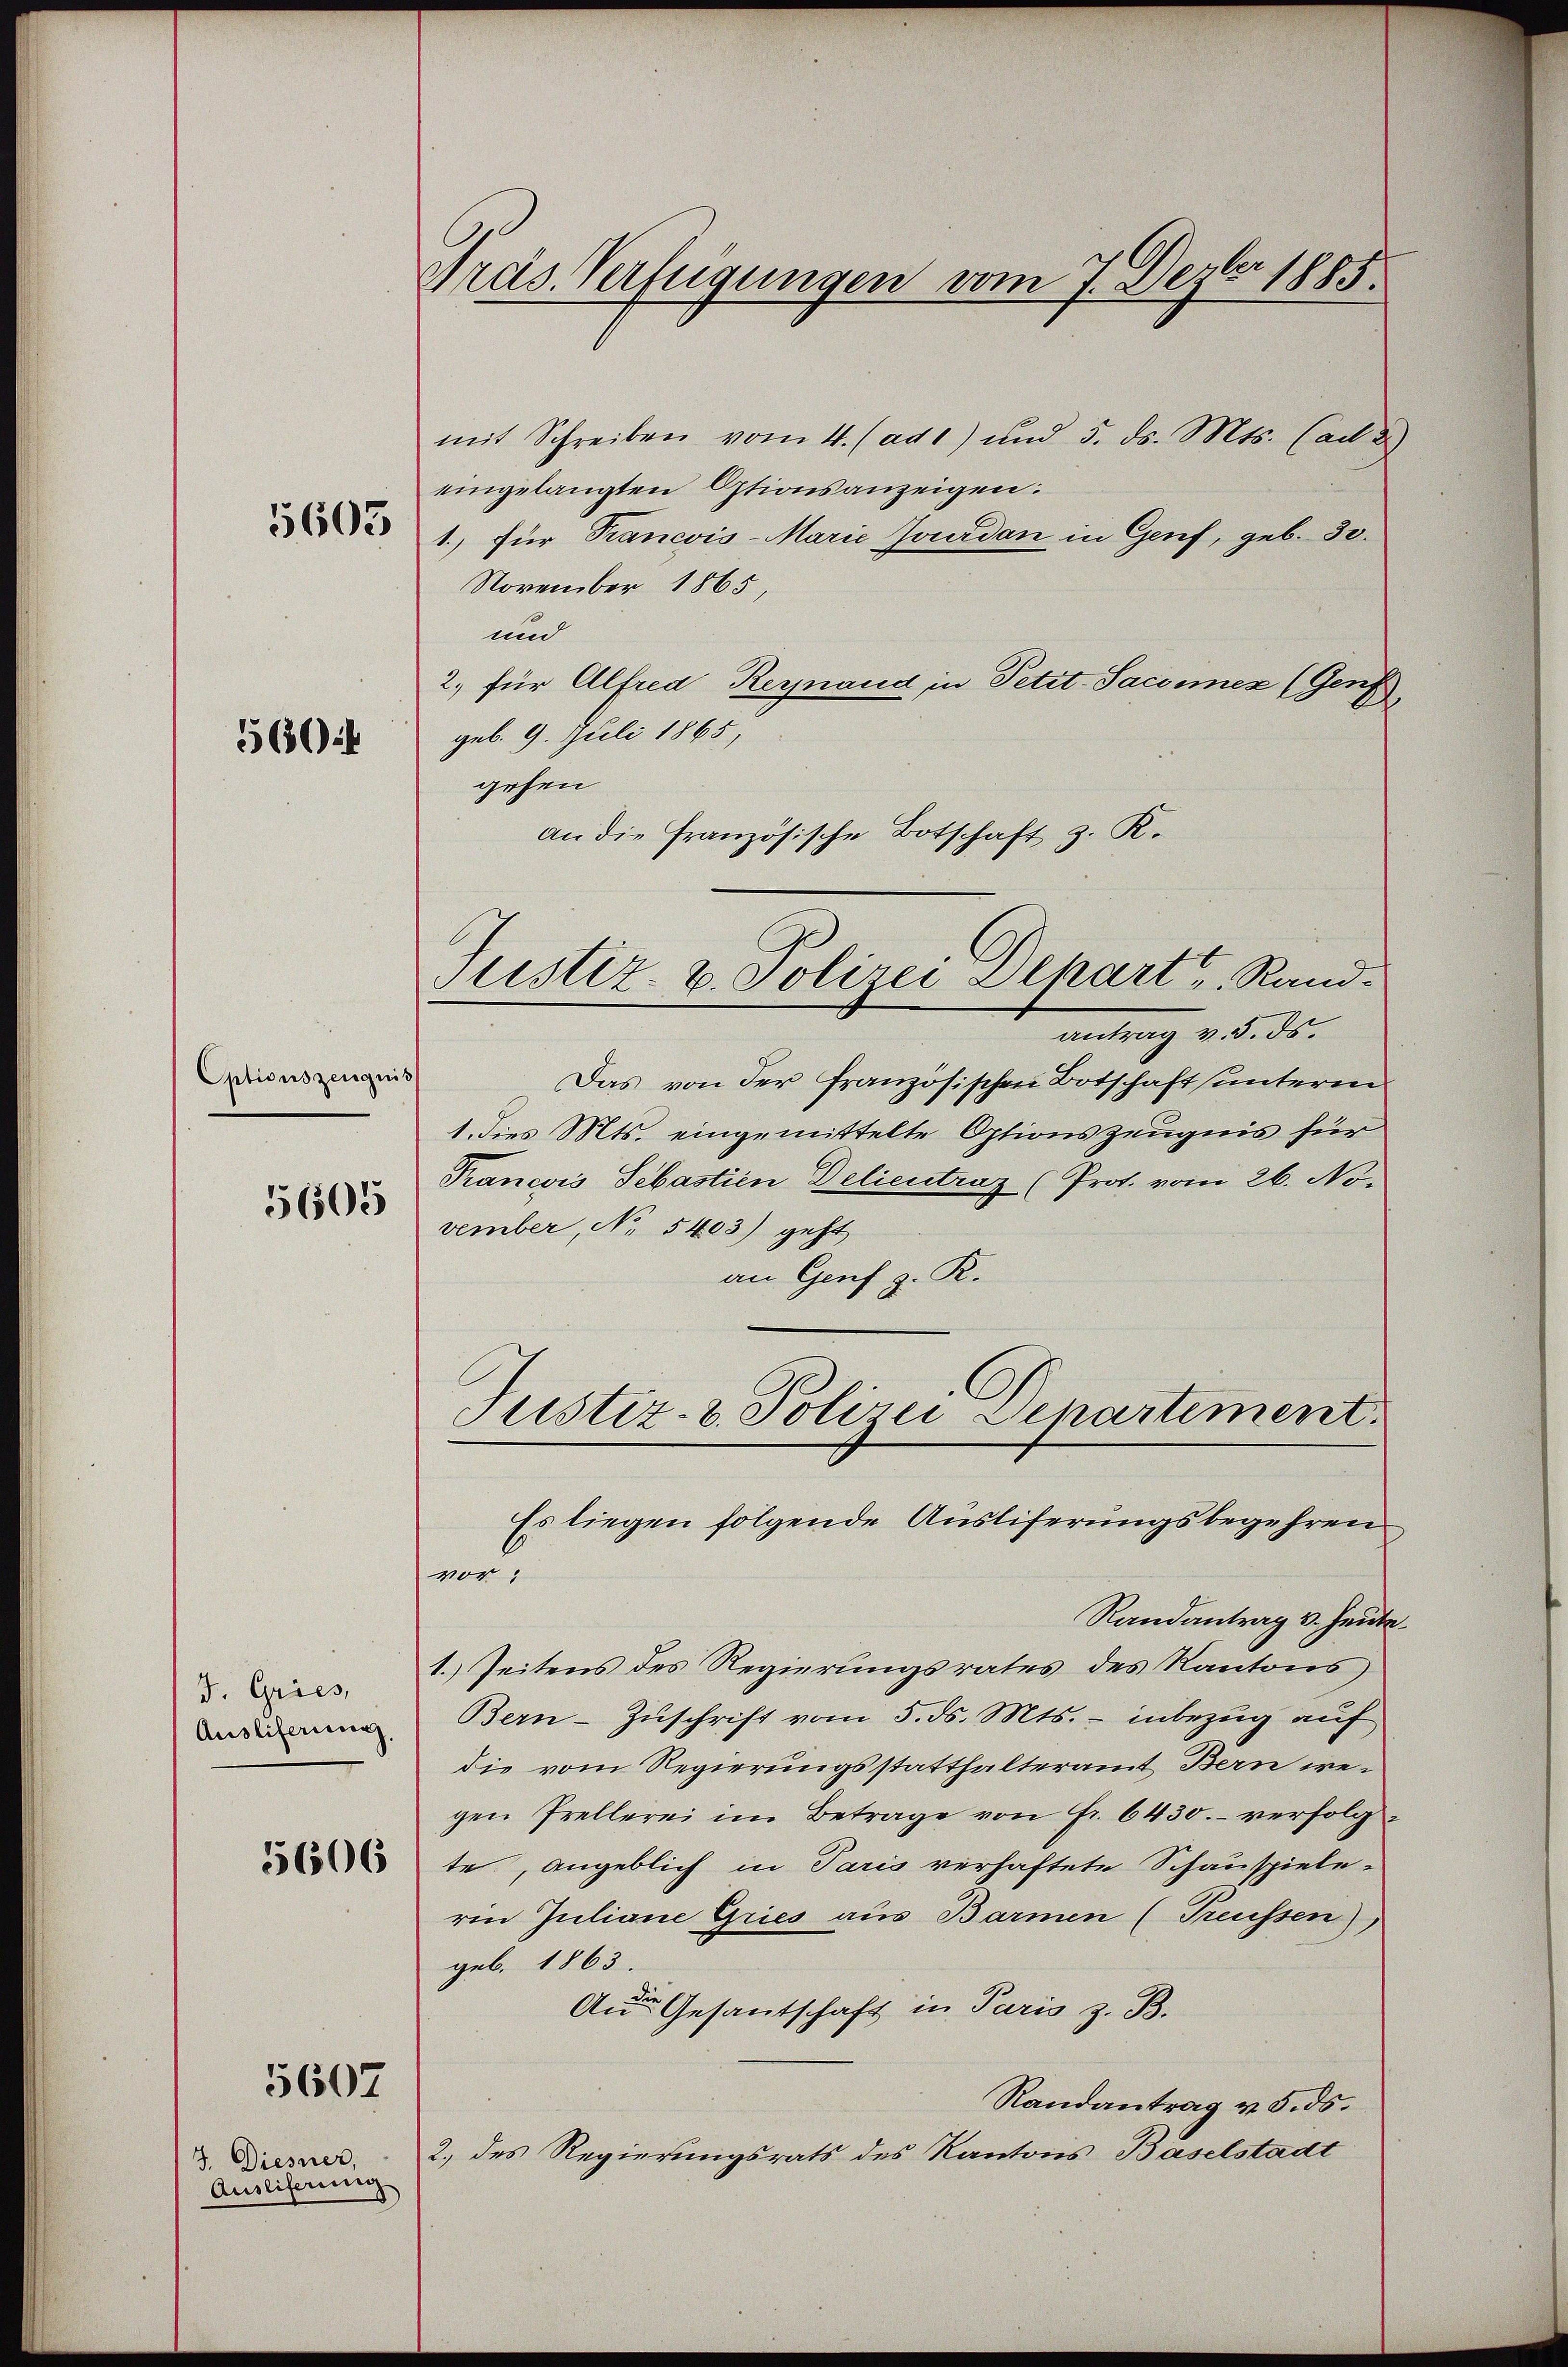
5603

560.

Optionszeugnis

5605

J. Gries,
Ausliferung.

5606

5607

J. Diesner,
Auslieferung

Nras Verfügungen vom 7. Dezbr 1885.

mit Schreiben vom 4. (ad 1) und 5. ds. Mts. (ad 3.)
eingelangten Optionsanzeigen:
1., für Francois-Marie Jourdan in Genf, geb. 30.
November 1865,
und
2. für Alfred Reynaud in Petit-Saconnex (Genf
geb. 9. Juli 1865,
gehen
an die französische Botschaft z. K.
v. 5. ds.
Das von der französischen Botschaft (unterm
1. dies Mts. eingemittelte Optionszeugnis für
Francois Sebastien Delieutraz (Prot. vom 26. No.
vember, No 5403) geht
an Genf z. R.
"
Justiz- & Polizei Departement.
Es liegen folgende Ausliferungsbegehren,
vor
Randantrag v. Heute.
1. Zeitens des Regierungsrates des Kantons
Bern-Zŭschrift vom 5. ds. Mts. - inbezug auf
die vom Regierungsstatthalteramt Bern wegen Prellerei im Betrage von Fr. 6430. verfolgte, angeblich in Paris verhaftete Schauspiele-
ren Juliane Gries aus Barmen (Treussen)
geb. 1863.
An Gesantschaft in Paris z. B.
Randantrag v. 5. ds.
2.) des Regierungsrats des Kantons Baselstadt

Justiz- u. Polizei Depart u. Rand.